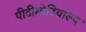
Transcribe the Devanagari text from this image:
पीढीसोढियांरूप